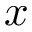
x